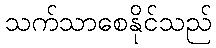
သက်သာစေနိုင်သည်